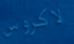
لاكروس